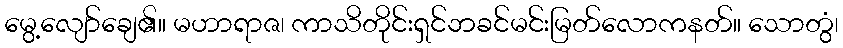
မွေ့လျော်ချေ၏။ မဟာရာဇ၊ ကာသိတိုင်းရှင်ဘခင်မင်းမြတ်လောကနတ်။ သောတွံ၊